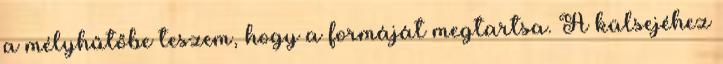
a mélyhűtőbe teszem, hogy a formáját megtartsa. A külsejéhez